Annual report of the Central Committee of the Association together with the report of the directors of the Pasteur Institute at Kasauli
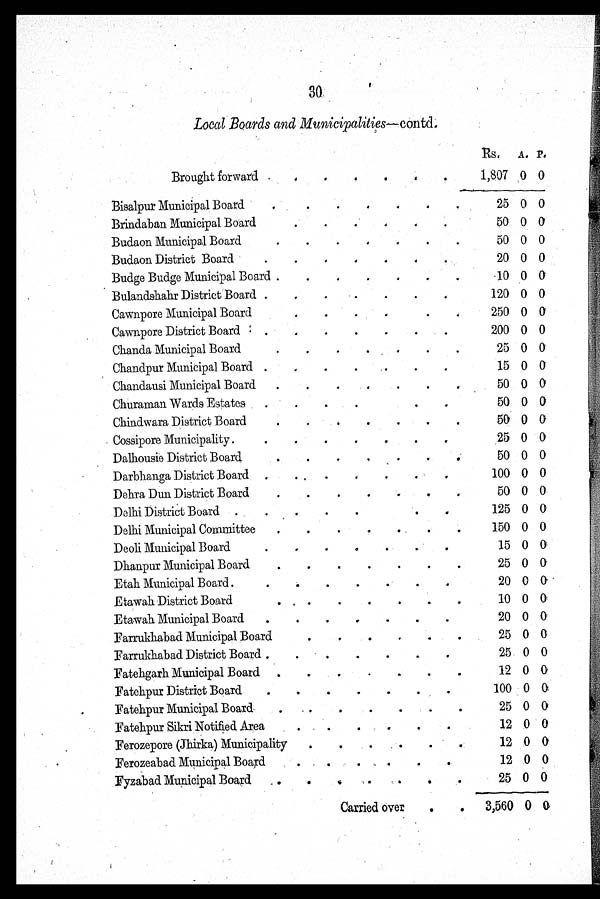
30
Local Boards and Municipalities—contd.
Rs. A. P.
Brought forward
1,807 0 0
Bisalpur Municipal Board
25 0 0
Brindaban Municipal Board
5 0 0 0
Budaon Municipal Board
5 0
0 0
Budaon District Board
20 0 0
Budge Budge Municipal Board
10 0 0
Bulandshahr District Board
120 0 0
Cawnpore Municipal Board
250 0 0
Cawnpore District Board
200 0 0
Chanda Municipal Board
25 0
0
Chandpur Municipal Board
15 0 0
Chandausi Municipal Board
50 0 0
Churaman Wards Estates
50 0 0
Chindwara District Board
50 0 0
Cossipore Municipality
25 0 0
Dalhousie District Board
50 0 0
Darbhanga District Board
100 0 0
Dehra Dun District Board
50 0 0
Delhi District Board
125 0 0
Delhi Municipal Committee
150 0 0
Deoli Municipal Board
15 0
0
Dhanpur Municipal Board
25 0 0
Etah Municipal Board
20 0 0
Etawah District Board
1 0 0
0
Etawah Municipal Board
20 0 0
Farrukhabad Municipal Board
25 0 0
Farrukhabad District Board
25 0 0
Fatehgarh Municipal Board
12 0 0
Fatehpur District Board
100 0 0
Fatehpur Municipal Board
25 0 0
Fatehpur Sikri Notified Area
12 0 0
Ferozepore (Jhirka) Municipality
12 0 0
Ferozeabad Municipal Board
12 0 0
Fyzabad Municipal Board
25 0 0
Carried over
3,560 0 0